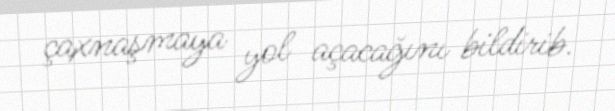
çaxnaşmaya yol açacağını bildirib.